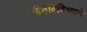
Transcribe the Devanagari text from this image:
जैवविविध्याने